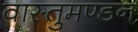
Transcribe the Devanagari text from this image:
वास्तुमण्डन